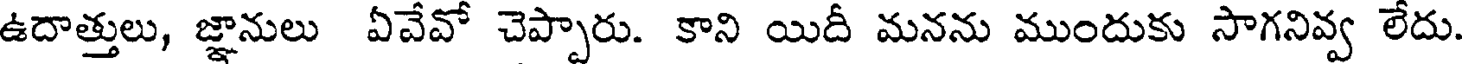
ఉదాత్తులు, జ్ఞానులు ఏవేవో చెప్పారు. కాని యిదీ మనను ముందుకు సాగనివ్వ లేదు.